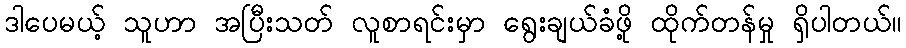
ဒါပေမယ့် သူဟာ အပြီးသတ် လူစာရင်းမှာ ရွေးချယ်ခံဖို့ ထိုက်တန်မှု ရှိပါတယ်။